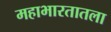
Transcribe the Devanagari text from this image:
महाभारतातला